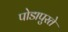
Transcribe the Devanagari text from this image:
पोडापुरते